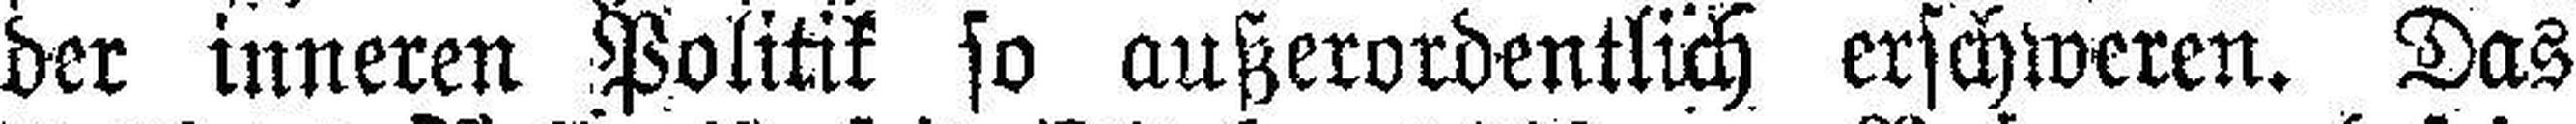
der inneren Politik so außerordentlich erschweren. Das